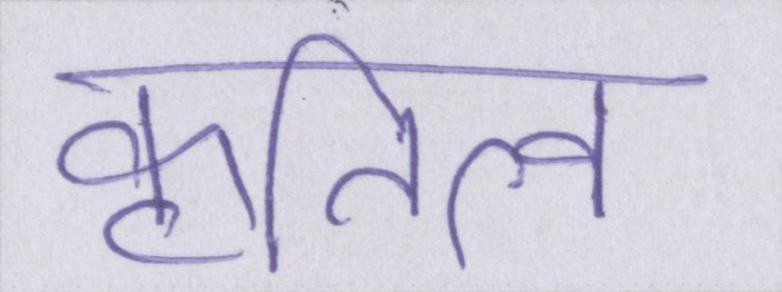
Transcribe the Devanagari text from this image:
कृतित्व